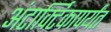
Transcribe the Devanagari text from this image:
अंटार्क्टिकापर्यंत